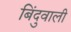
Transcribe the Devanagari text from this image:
बिंदुवाली